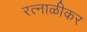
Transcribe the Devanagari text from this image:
रत्नाळीकर